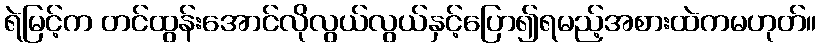
ရဲမြင့်က တင်ထွန်းအောင်လိုလွယ်လွယ်နှင့်ပြော၍ရမည့်အစားထဲကမဟုတ်။